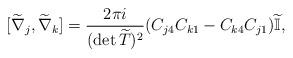
LaTeX: \begin{align*}[\widetilde{\nabla}_{j},\widetilde{\nabla}_{k}]=\frac{2\pi i}{(\det\widetilde{T})^{2}}(C_{j4}C_{k1}-C_{k4}C_{j1})\widetilde{\mathbb{I}},\end{align*}